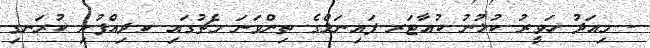
- މިއަދު ހަވީރު ކުޅުނު ކުއާޓަރ ފައިނަލްގެ ތިންވަނަ މެޗުގައި ކ.ދިއްފުށި ކުރަނގި